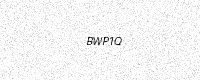
Text: BWP1Q